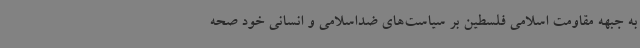
به جبهه مقاومت اسلامی فلسطین بر سیاست‌های ضداسلامی و انسانی خود صحه